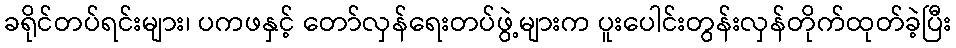
ခရိုင်တပ်ရင်းများ၊ ပကဖနှင့် တော်လှန်ရေးတပ်ဖွဲ့များက ပူးပေါင်းတွန်းလှန်တိုက်ထုတ်ခဲ့ပြီး